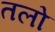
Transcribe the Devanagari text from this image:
तलो